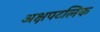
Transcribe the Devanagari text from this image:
अक्षपटलिक